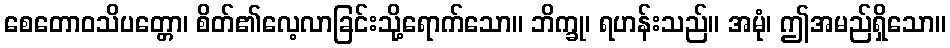
စေတောဝသိပတ္တော၊ စိတ်၏လေ့လာခြင်းသို့ရောက်သော။ ဘိက္ခု၊ ရဟန်းသည်။ အမုံ၊ ဤအမည်ရှိသော။